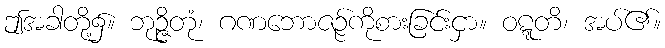
ဤအခါတို့၌။ ဘုဉ္ဇိတုံ၊ ဂဏဘောဇဉ်ကိုစားခြင်းငှာ။ ဝဋ္ဋတိ၊ အပ်၏။